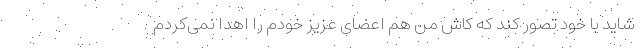
شاید با خود تصور کند که کاش من هم اعضای عزیز خودم را اهدا نمی‌کردم